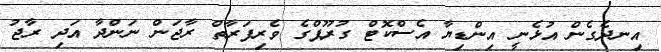
އިނދެގެން އުޅެނީ އިންޑިޔާ އެސްކޮޓް ގުރޫޕްގެ ވެރިފަރާތް ރާޖަން ނަންދާ އަދި ރާޖު